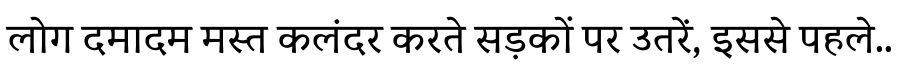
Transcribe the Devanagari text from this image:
लोग दमादम मस्त कलंदर करते सड़कों पर उतरें, इससे पहले..